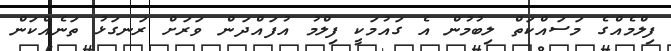
ފިލްމެއްގެ މަސައްކަތް ލިބުމުން އެ ގައުމަކީ ފިލްމު އުފައްދަން ވަރަށް ރަނގަޅު ތަނެއްކަން